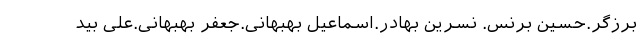
برزگر.حسین برنس. نسرین بهادر.اسماعیل بهبهانی.جعفر بهبهانی.علی بید